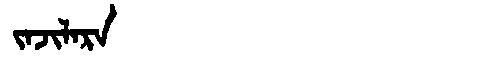
Manchu: ᠵᠠᠵᡳᠯᠠᡵᠠ
Romanization: JAJILARA